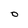
Character: 0